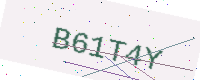
Text: B61T4Y